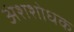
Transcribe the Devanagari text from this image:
अंशशोधक